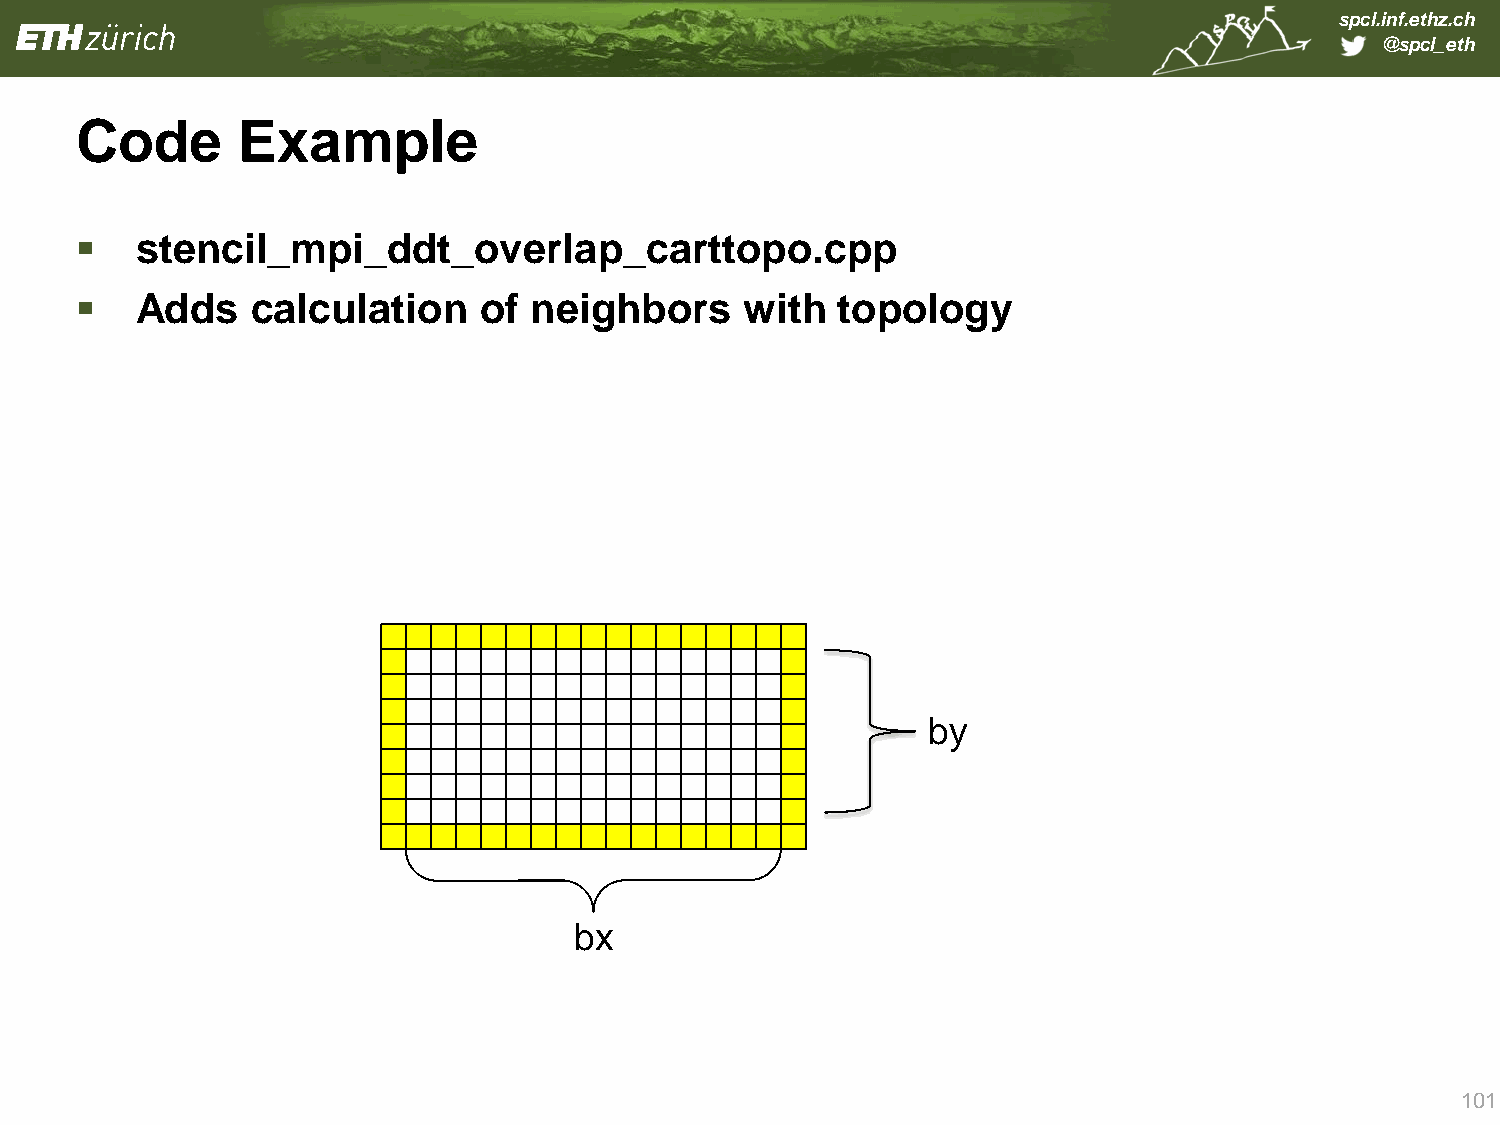
spcl.inf.ethz.ch
 @spcl_eth
 Code       Example
    stencil_mpi_ddt_overlap_carttopo.cpp
    Adds    calculation    of neighbors     with  topology
 by
 bx
 101